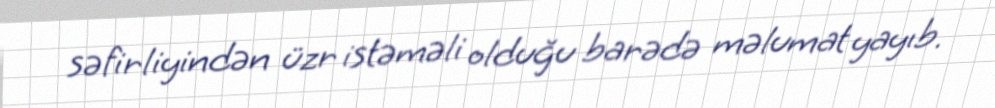
səfirliyindən üzr istəməli olduğu barədə məlumat yayıb.